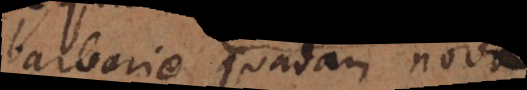
barbarie quadam nova